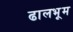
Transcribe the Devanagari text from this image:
ढालभूम